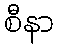
စီနာ